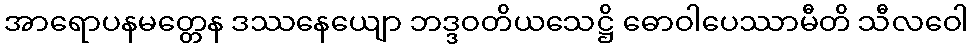
အာရောပနမတ္တေန ဒဿနေယျော ဘဒ္ဒဝတိယသေဋ္ဌိ ဓောဝါပေဿာမီတိ သီလဝေါ